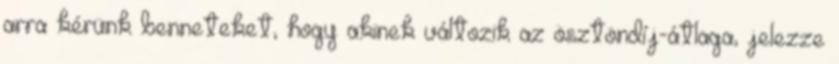
arra kérünk benneteket, hogy akinek változik az ösztöndíj-átlaga, jelezze